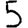
Digit: 5